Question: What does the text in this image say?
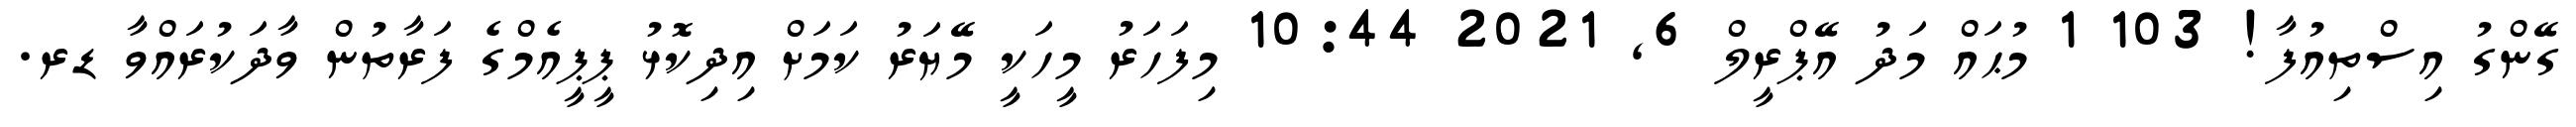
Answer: ގޭންގު އިސްތިއުފާ! 103 1 މުޙައް މަދު އޭޕްރީލް 6, 2021 10:44 މިފަހަރު މީހަކީ މޭޔަރު ކަމަށް އިދިކޮޅު ޕީޕީއެމްގެ ފަރާތުން ވާދަކުރައްވާ ޑރ.